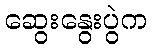
ဆွေးနွေးပွဲက